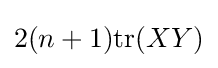
2(n+1){\text{tr}}(XY)